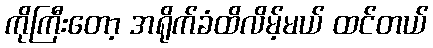
ကိုကြီးတော့ အရိုက်ခံထိလိမ့်မယ် ထင်တယ်